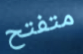
متفتح